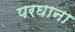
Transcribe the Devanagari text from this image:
परघाना